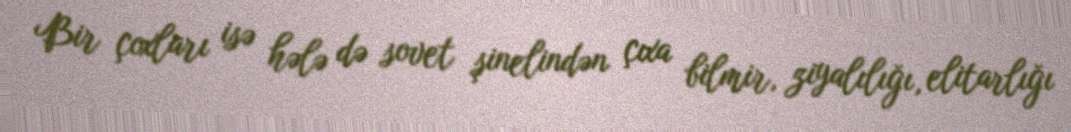
Bir çoxları isə hələ də sovet şinelindən çıxa bilmir, ziyalılığı, elitarlığı